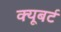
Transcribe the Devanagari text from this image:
क्यूबर्ट